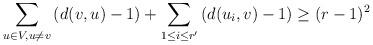
LaTeX: \begin{align*}\sum _{u \in V, u \not =v}\left(d(v,u)-1\right) + \sum _{1 \le i \le r'} \left(d(u_i,v)-1\right) \ge (r-1)^2 \end{align*}